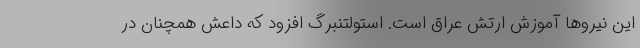
این نیرو‌ها آموزش ارتش عراق است. استولتنبرگ افزود که داعش همچنان در